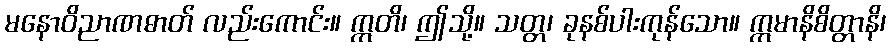
မနောဝိညာဏဓာတ် လည်းကောင်း။ ဣတိ၊ ဤသို့။ သတ္တ၊ ခုနစ်ပါးကုန်သော။ ဣမာနိစိတ္တာနိ၊